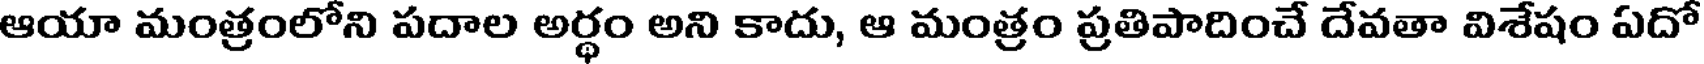
ఆయా మంత్రంలోని పదాల అర్థం అని కాదు, ఆ మంత్రం ప్రతిపాదించే దేవతా విశేషం ఏదో